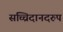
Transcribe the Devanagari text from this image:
सच्चिदानदरुप